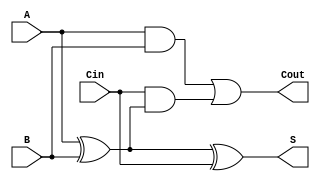
module transmission_gate_full_adder (
    input wire A,    // First input bit
    input wire B,    // Second input bit
    input wire Cin,  // Carry input bit
    output wire S,   // Sum output bit
    output wire Cout  // Carry output bit
);

// Intermediate signals
wire A_xor_B;      // Intermediate XOR result
wire A_and_B;      // AND result of A and B
wire Cin_and_A_xor_B; // Intermediate carry for Cin and A_xor_B

// Transmission Gate for A XOR B
assign A_xor_B = (A ^ B);

// Calculate Sum: S = (A XOR B) XOR Cin
assign S = (A_xor_B ^ Cin);

// Calculate Carry: Cout = (A AND B) OR (Cin AND (A XOR B))
assign A_and_B = A & B; // A AND B
assign Cin_and_A_xor_B = Cin & A_xor_B; // Cin AND (A XOR B)

// Final Carry Output
assign Cout = A_and_B | Cin_and_A_xor_B; // Cout = (A AND B) OR (Cin AND (A XOR B))

endmodule